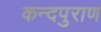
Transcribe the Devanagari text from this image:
कन्दपुराण